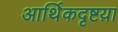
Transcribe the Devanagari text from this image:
आर्थिकदृष्टय़ा